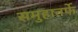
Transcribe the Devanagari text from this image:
समुहातर्फे